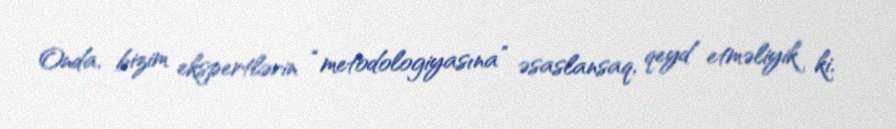
Onda, bizim ekspertlərin “metodologiyasına” əsaslansaq, qeyd etməliyik ki,